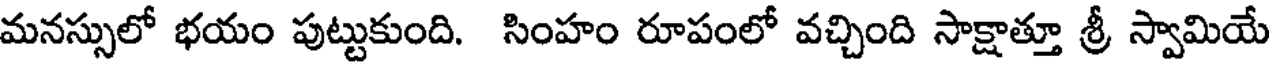
మనస్సులో భయం పుట్టుకుంది. సింహం రూపంలో వచ్చింది సాక్షాత్తూ శ్రీ స్వామియే